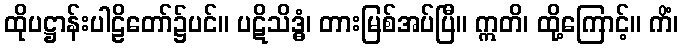
ထိုပဋ္ဌာန်းပါဠိတော်၌ပင်။ ပဋိသိဒ္ဓံ၊ တားမြစ်အပ်ပြီ။ ဣတိ၊ ထို့ကြောင့်။ ကိံ၊